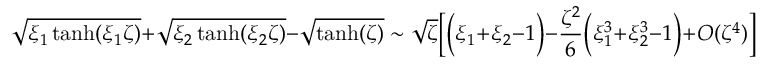
\sqrt { \xi _ { 1 } \operatorname { t a n h } ( \xi _ { 1 } \zeta ) } + \sqrt { \xi _ { 2 } \operatorname { t a n h } ( \xi _ { 2 } \zeta ) } - \sqrt { \operatorname { t a n h } ( \zeta ) } \sim \sqrt { \zeta } \bigg [ \Big ( \xi _ { 1 } + \xi _ { 2 } - 1 \Big ) - \frac { \zeta ^ { 2 } } { 6 } \Big ( \xi _ { 1 } ^ { 3 } + \xi _ { 2 } ^ { 3 } - 1 \Big ) + O ( \zeta ^ { 4 } ) \bigg ]